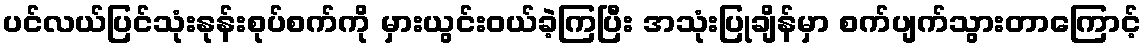
ပင်လယ်ပြင်သုံးနုန်းစုပ်စက်ကို မှားယွင်းဝယ်ခဲ့ကြပြီး အသုံးပြုချိန်မှာ စက်ပျက်သွားတာကြောင့်